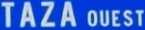
TAZA OUEST